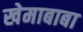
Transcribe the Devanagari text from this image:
खेमाबाबा